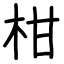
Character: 柑